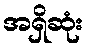
အရှိဆုံး